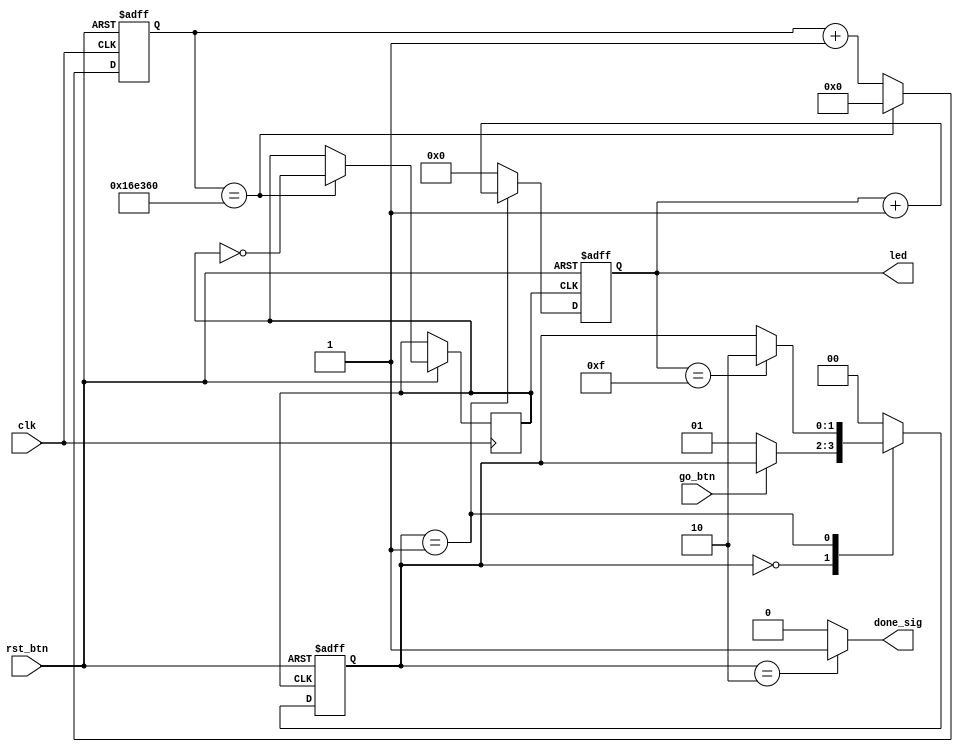
// This program was cloned from: https://github.com/chicken8848/RISKY
// License: MIT License

module fsm_moore (

  // inputs
  input clk,
  input rst_btn,
  input go_btn,

  // outputs
  output reg [3:0] led,
  output reg done_sig
);

localparam STATE_IDLE = 2'd0;
localparam STATE_COUNTING = 2'd1;
localparam STATE_DONE = 2'd2;

// Max counts for clock divider and counter
localparam MAX_CLK_COUNT = 24'd1500000;
localparam MAX_LED_COUNT = 4'hf;

// Internal signals
wire rst;
wire go;

// Internal storage elements
reg div_clk;
reg [1:0] state;
reg [23:0] clk_count;

// Invert active low buttons
assign rst = ~rst_btn;
assign go = ~go_btn;


// clock divider
always @(posedge clk or posedge rst) begin
  if (rst == 1'b1) begin
    clk_count <= 24'b0;
  end else if (clk_count == MAX_CLK_COUNT) begin
    clk_count <= 24'b0;
    div_clk <= ~div_clk;
  end else begin
    clk_count <= clk_count + 1;
  end
end

// state transition logic
always @ (posedge div_clk or posedge rst) begin
  // On reset, return to idle state
  if (rst == 1'b1) begin
    state <= STATE_IDLE;
  // define state transitions
  end else begin 
    case (state)
      // wait for go button to be pressed
      STATE_IDLE: begin
        if (go == 1'b1) begin
          state <= STATE_COUNTING;
        end
      end
      // Go from counting to done if counting reaches max
      STATE_COUNTING: begin
        if (led == MAX_LED_COUNT) begin
          state <= STATE_DONE;
        end
      end
      // Spend one clock cycle in done state
      STATE_DONE: state <= STATE_IDLE;
      // Go to idle if in unknown state
      default: state <= STATE_IDLE;
    endcase
  end
end

// handle the LED counter
always @ (posedge div_clk or posedge rst) begin
  if (rst == 1'b1) begin
    led <= 4'd0;
  end else begin
    if (state == STATE_COUNTING) begin
      led <= led + 1;
    end else begin
      led <= 4'd0;
    end
  end
end
// Handle done LED output
always @(*) begin
  if (state == STATE_DONE) begin
    done_sig = 1'b1;
  end else begin
    done_sig = 1'b0;
  end
end

endmodule